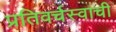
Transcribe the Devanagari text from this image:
प्रतिवर्चस्वाची